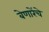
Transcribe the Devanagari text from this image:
बेणारेंचे